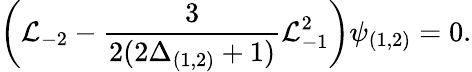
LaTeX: \left(\mathcal{L}_{-2}-\frac{{3}}{{2(2\Delta_{(1,2)}+1)}}\mathcal{L}_{-1}^{2}\right)\psi_{(1,2)}=0.